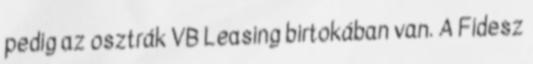
pedig az osztrák VB Leasing birtokában van. A Fidesz